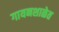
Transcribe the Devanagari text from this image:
गायनशाळेत